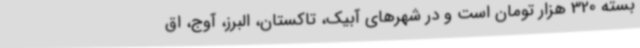
بسته 320 هزار تومان است و در شهرهای آبیک، تاکستان، البرز، آوج، اق